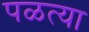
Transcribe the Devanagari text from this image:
पळत्या